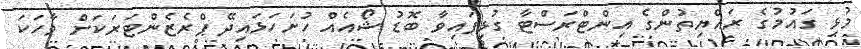
މުޅި ގައުމުގެ ރައްޔިތުންގެ އިންޓްރަސްޓާ ގުޅިފައިވާ ބޮޑު ޝޯއެއް ހުށަހަޅައިދޭ ޕްރެޒެންޓަރަކަށް ވާހަކަ